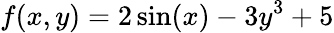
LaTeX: f(x,y)=2\sin(x)-3y^{3}+5